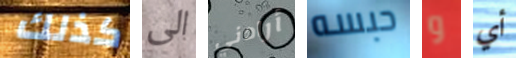
كذلك الى أرادني حبسه و أي